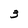
Character: 3